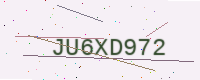
Text: JU6XD972